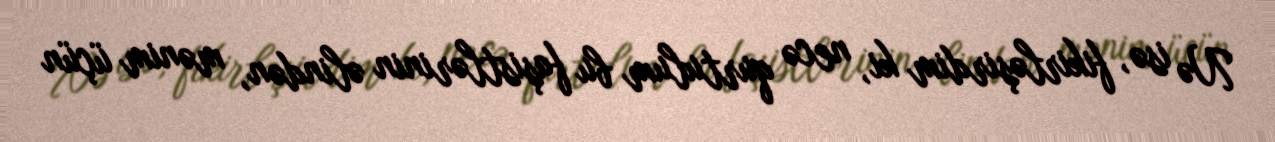
Nə isə, fikirləşirdim ki, necə qurtulum bu faşistlərinin əlindən, mənim üçün